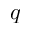
q